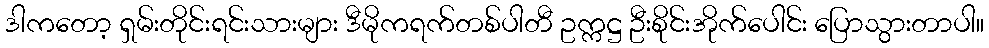
ဒါကတော့ ရှမ်းတိုင်းရင်းသားများ ဒီမိုကရက်တစ်ပါတီ ဥက္ကဋ္ဌ ဦးစိုင်းအိုက်ပေါင်း ပြောသွားတာပါ။